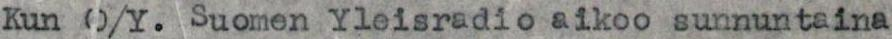
Kun O/Y. Suomen Yleisradio aikoo sunnuntaina